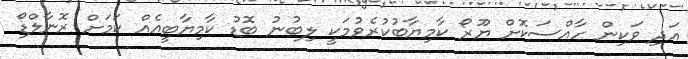
އަދި ވަކިން ހާއްސަކޮށް ޔޫރޯ ކާމިޔާބުކުރެވުމަކީ ލިބުނު ބޮޑު ކާމިޔާބީއެއް ކަމަށް ރޮނާލްޑޯ